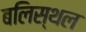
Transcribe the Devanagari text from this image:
बलिस्थल